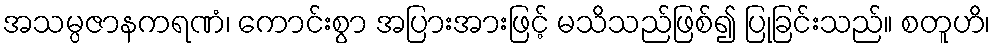
အသမ္ပဇာနကရဏံ၊ ကောင်းစွာ အပြားအားဖြင့် မသိသည်ဖြစ်၍ ပြုခြင်းသည်။ စတူဟိ၊